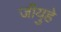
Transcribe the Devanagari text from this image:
जीयुहे